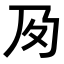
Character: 𡕔